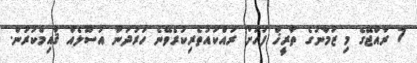
7 ރާއްޖޭގެ މި ޒަމާނުގެ ތާރީޚް ފަހަށް ރައްކައުތެރިކުރެވޭނެ ހަރުދަނާ އުސޫލެއް ޤާއިމްކުރުން.